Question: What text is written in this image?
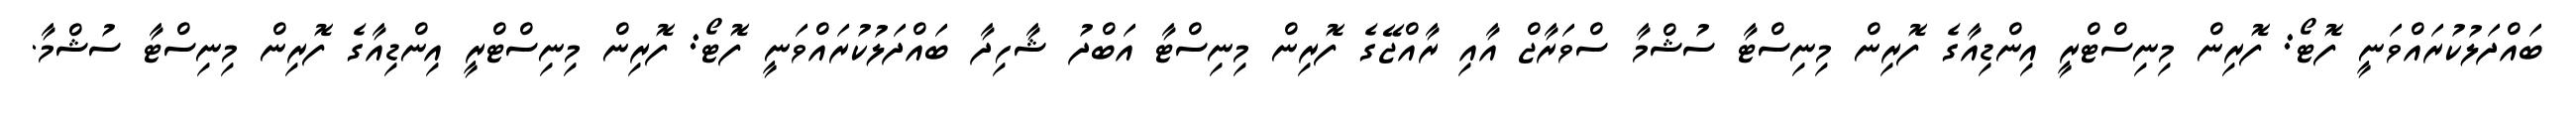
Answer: ބައްދަލުކުރައްވަނީ ފޮޓޯ: ފޮރިން މިނިސްޓްރީ އިންޑިއާގެ ފޮރިން މިނިސްޓާ ސުޝްމާ ސްވަރާޖް އާއި ރާއްޖޭގެ ފޮރިން މިނިސްޓާ އަބްދު ޝާހިދާ ބައްދަލުކުރައްވަނީ ފޮޓޯ: ފޮރިން މިނިސްޓްރީ އިންޑިއާގެ ފޮރިން މިނިސްޓާ ސުޝްމާ.